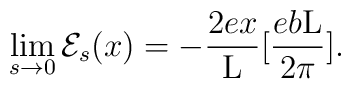
\lim_{s \to 0} {\cal E}_{s}(x) = - \frac{2ex}{{\rm L}}[\frac{eb{\rm L}}{2\pi}].